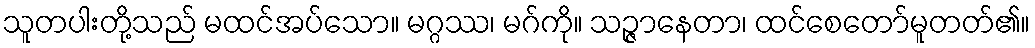
သူတပါးတို့သည် မထင်အပ်သော။ မဂ္ဂဿ၊ မဂ်ကို။ သဉ္ဇာနေတာ၊ ထင်စေတော်မူတတ်၏။